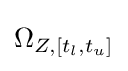
\Omega _{Z,[t_{l},t_{u}]}